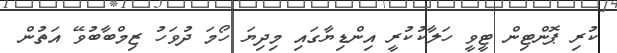
ކުރި ޕޮންޓިން ޓީވީ ހަލާކުކުރީ އިންޑިޔާގައި މިދިޔަ ހޯމަ ދުވަހު ޒިމްބާބުވޭ އަތުން